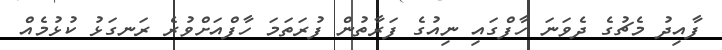
ފާއިދު މެޗުގެ ދެވަނަ ހާފްގައި ނިއުގެ ފަރާތުން ފުރަތަމަ ހާފްއަށްވުރެ ރަނގަޅު ކުޅުމެއް